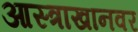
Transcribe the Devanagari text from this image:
आस्त्राखानवर